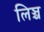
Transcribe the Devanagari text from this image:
लिञ्च